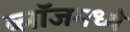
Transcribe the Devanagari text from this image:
ब्लॉजमध्ये